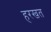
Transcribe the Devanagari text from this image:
हरखत